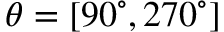
\theta = [ 9 0 ^ { \circ } , 2 7 0 ^ { \circ } ]